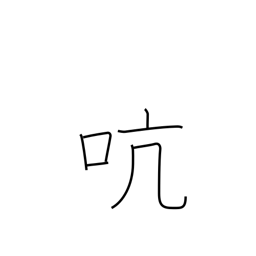
Meaning: pivot